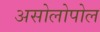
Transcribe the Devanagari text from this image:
असोलोपोल